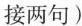
接两句)